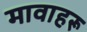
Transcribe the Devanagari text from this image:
मावाहरू